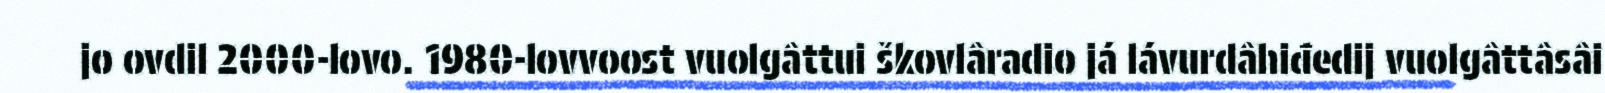
jo ovdil 2000-lovo. 1980-lovvoost vuolgâttui škovlâradio já lávurdâhiđedij vuolgâttâsâi